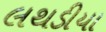
લથડીયા